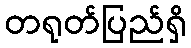
တရုတ်ပြည်ရှိ